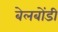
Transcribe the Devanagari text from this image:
बेलबोंडी